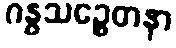
ဂန္ဓသဉ္စေတနာ